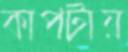
কাপটায়